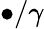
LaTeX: \bullet/\gamma